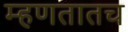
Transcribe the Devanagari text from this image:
म्हणतातच